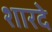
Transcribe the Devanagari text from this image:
शारदे